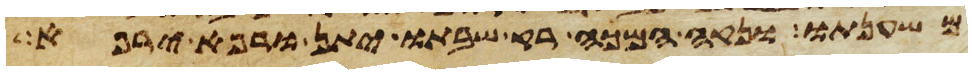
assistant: משענתו ונקה המכה רק שבתו יתן ורפא ירפא